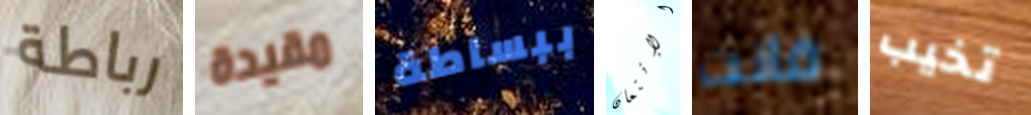
رباطة مقيدة ببساطة الإئتمان فانت تخيب